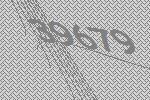
39679